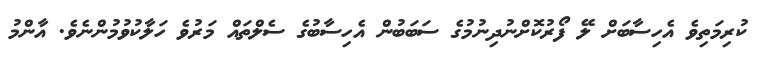
ކުރިމަތިވެ އެހިސާބަށް ލޭ ފޯރުކޮށްނުދިނުމުގެ ސަބަބުން އެހިސާބުގެ ސެލްތައް މަރުވެ ހަލާކުވުމުންނެވެ. އާންމު